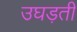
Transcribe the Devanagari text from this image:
उघड़ती